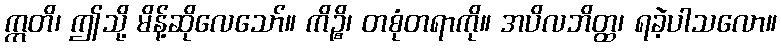
ဣတိ၊ ဤသို့ မိန့်ဆိုလေသော်။ ကိဉ္စိ၊ တစုံတရာကို။ အပိလဘိတ္ထ၊ ရခဲ့ပါသလော။